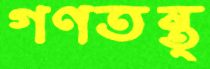
গণতন্ত্